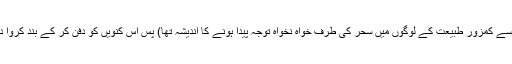
(جس سے کمزور طبیعت کے لوگوں میں سحر کی طرف خواہ نخواہ توجہ پیدا ہونے کا اندیشہ تھا) پس اس کنویں کو دفن کر کے بند کروا دیا گیا۔